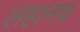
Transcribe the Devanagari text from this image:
लहानच